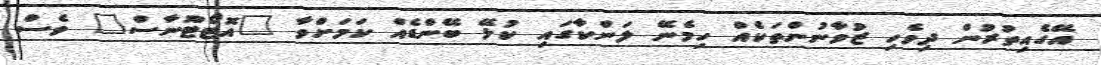
އޭގެއިތުރުން ދިވެހި ޒުވާނުންތަކެއް ހިމެނޭ ލަންކާގައި ކުޅޭ ބޭންޑެއް ކަމަށްވާ "އޮޓޯޓޫނާސް" ވެސް